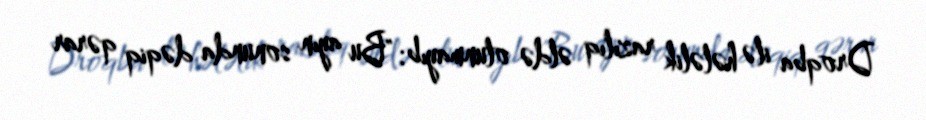
Droqba ilə hələlik razılıq əldə olunmayıb: "Bu ayın sonunda dəqiq qərar